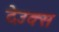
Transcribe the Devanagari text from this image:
देउक्स